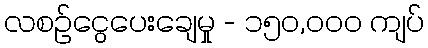
လစဉ်ငွေပေးချေမှု - ၁၅၀,၀၀၀ ကျပ်